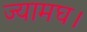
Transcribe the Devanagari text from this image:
ज्यामघ।